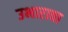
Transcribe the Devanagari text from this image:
उभारावा